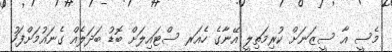
މެސީ އާ ސީޒަނަށް ކުރިމަތިލީ އޭނާގެ ހެއަރ ސްޓައިލަށް ބޮޑު ބަދަލެއް ގެނަައުމަށްފަހު